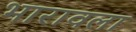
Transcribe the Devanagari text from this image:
भारावला